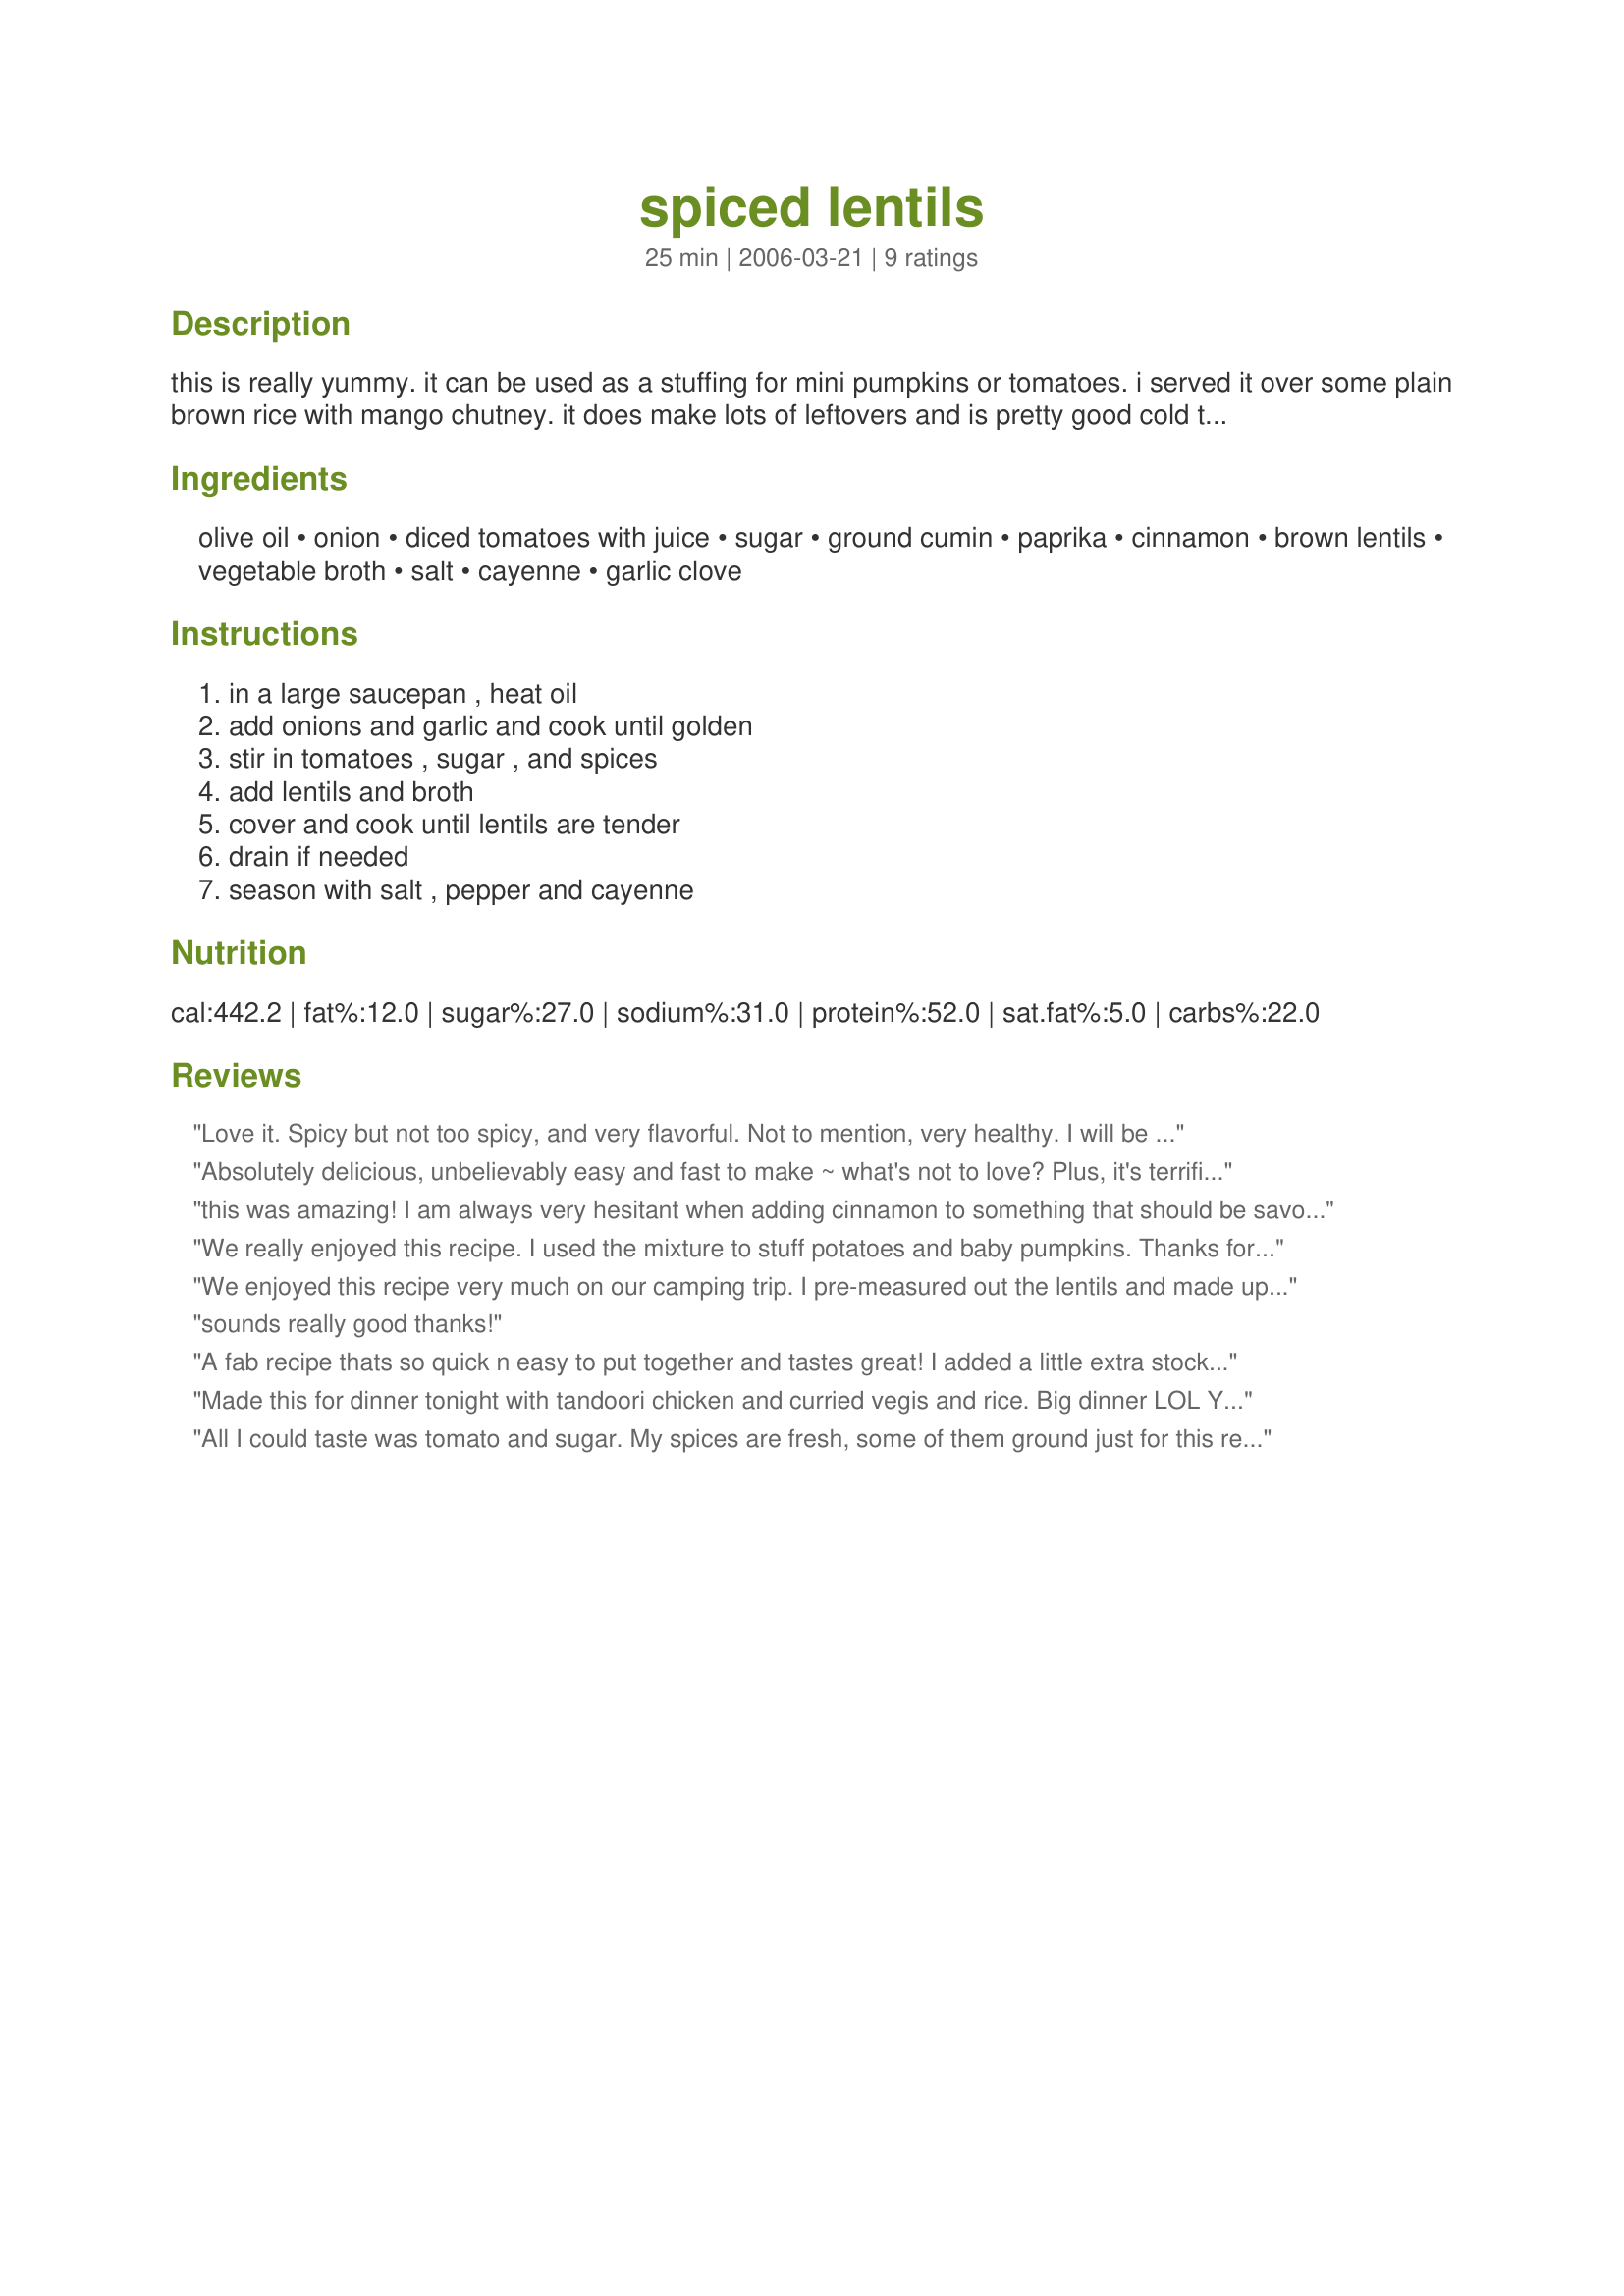
spiced lentils
Preparation time: 25 minutes

this is really yummy. it can be used as a stuffing for mini pumpkins or tomatoes. i served it over some plain brown rice with mango chutney. it does make lots of leftovers and is pretty good cold the next day.

Ingredients:
olive oil, onion, diced tomatoes with juice, sugar, ground cumin, paprika, cinnamon, brown lentils, vegetable broth, salt, cayenne, garlic clove

Steps:
in a large saucepan , heat oil, add onions and garlic and cook until golden, stir in tomatoes , sugar , and spices, add lentils and broth, cover and cook until lentils are tender, drain if needed, season with salt , pepper and cayenne

Reviews:
Love it. Spicy but not too spicy, and very flavorful. Not to mention, very healthy. I will be making this one again!
Absolutely delicious, unbelievably easy and fast to make ~ what's not to love? Plus, it's terrifically healthy! A win-win recipe. Thanks for posting!
this was amazing! I am always very hesitant when adding cinnamon to something that should be savory...but the reviews made me think twice. These were perfect. I personally would add more pepper in the end, I still like spicy, but overall the flavor was superb. I served it over brown rice cooked with veggie broth. YUM!
We really enjoyed this recipe. I used the mixture to stuff potatoes and baby pumpkins. Thanks for sharing!
We enjoyed this recipe very much on our camping trip. I pre-measured out the lentils and made up a spice mixture package (using powdered broth and garlic) ahead of time and added water. We served this over brown rice for a hearty dinner. Thanks for this easy and tasty recipe!
sounds really good thanks!
A fab recipe thats so quick n easy to put together and tastes great! I added a little extra stock and served alongside lamb rogan josh and steamed rice. Leftovers nice cold....I could survive on this stuff alone Mmmm.
Thanks for sharing! :)
Made this for dinner tonight with tandoori chicken and curried vegis and rice. Big dinner LOL

Your spiced lentils were really fabulous, will do again and again as I cook a lot of Indian food.
All I could taste was tomato and sugar. My spices are fresh, some of them ground just for this recipe, but they just couldn't stand up to the sweet. Nobody at my house would eat it.
